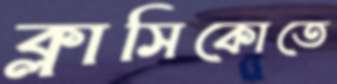
ক্লাসিকোতে